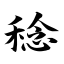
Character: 稔